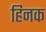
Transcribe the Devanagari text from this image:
हिनक